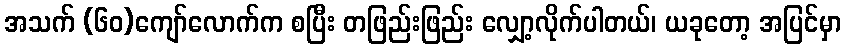
အသက် (၆၀)ကျော်လောက်က စပြီး တဖြည်းဖြည်း လျှော့လိုက်ပါတယ်၊ ယခုတော့ အပြင်မှာ